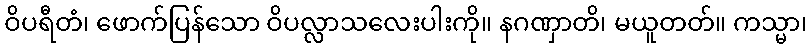
ဝိပရီတံ၊ ဖောက်ပြန်သော ဝိပလ္လာသလေးပါးကို။ နဂဏှာတိ၊ မယူတတ်။ ကသ္မာ၊